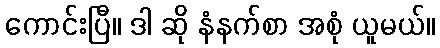
ကောင်းပြီ။ ဒါ ဆို နံနက်စာ အစုံ ယူမယ်။